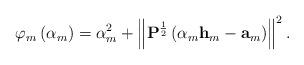
LaTeX: \begin{align*}\varphi_{m}\left(\alpha_{m}\right)=\alpha_{m}^{2}+\left\Vert \mathbf{P}^{\frac{1}{2}}\left(\alpha_{m}\mathbf{h}_{m}-\mathbf{a}_{m}\right)\right\Vert ^{2}.\end{align*}